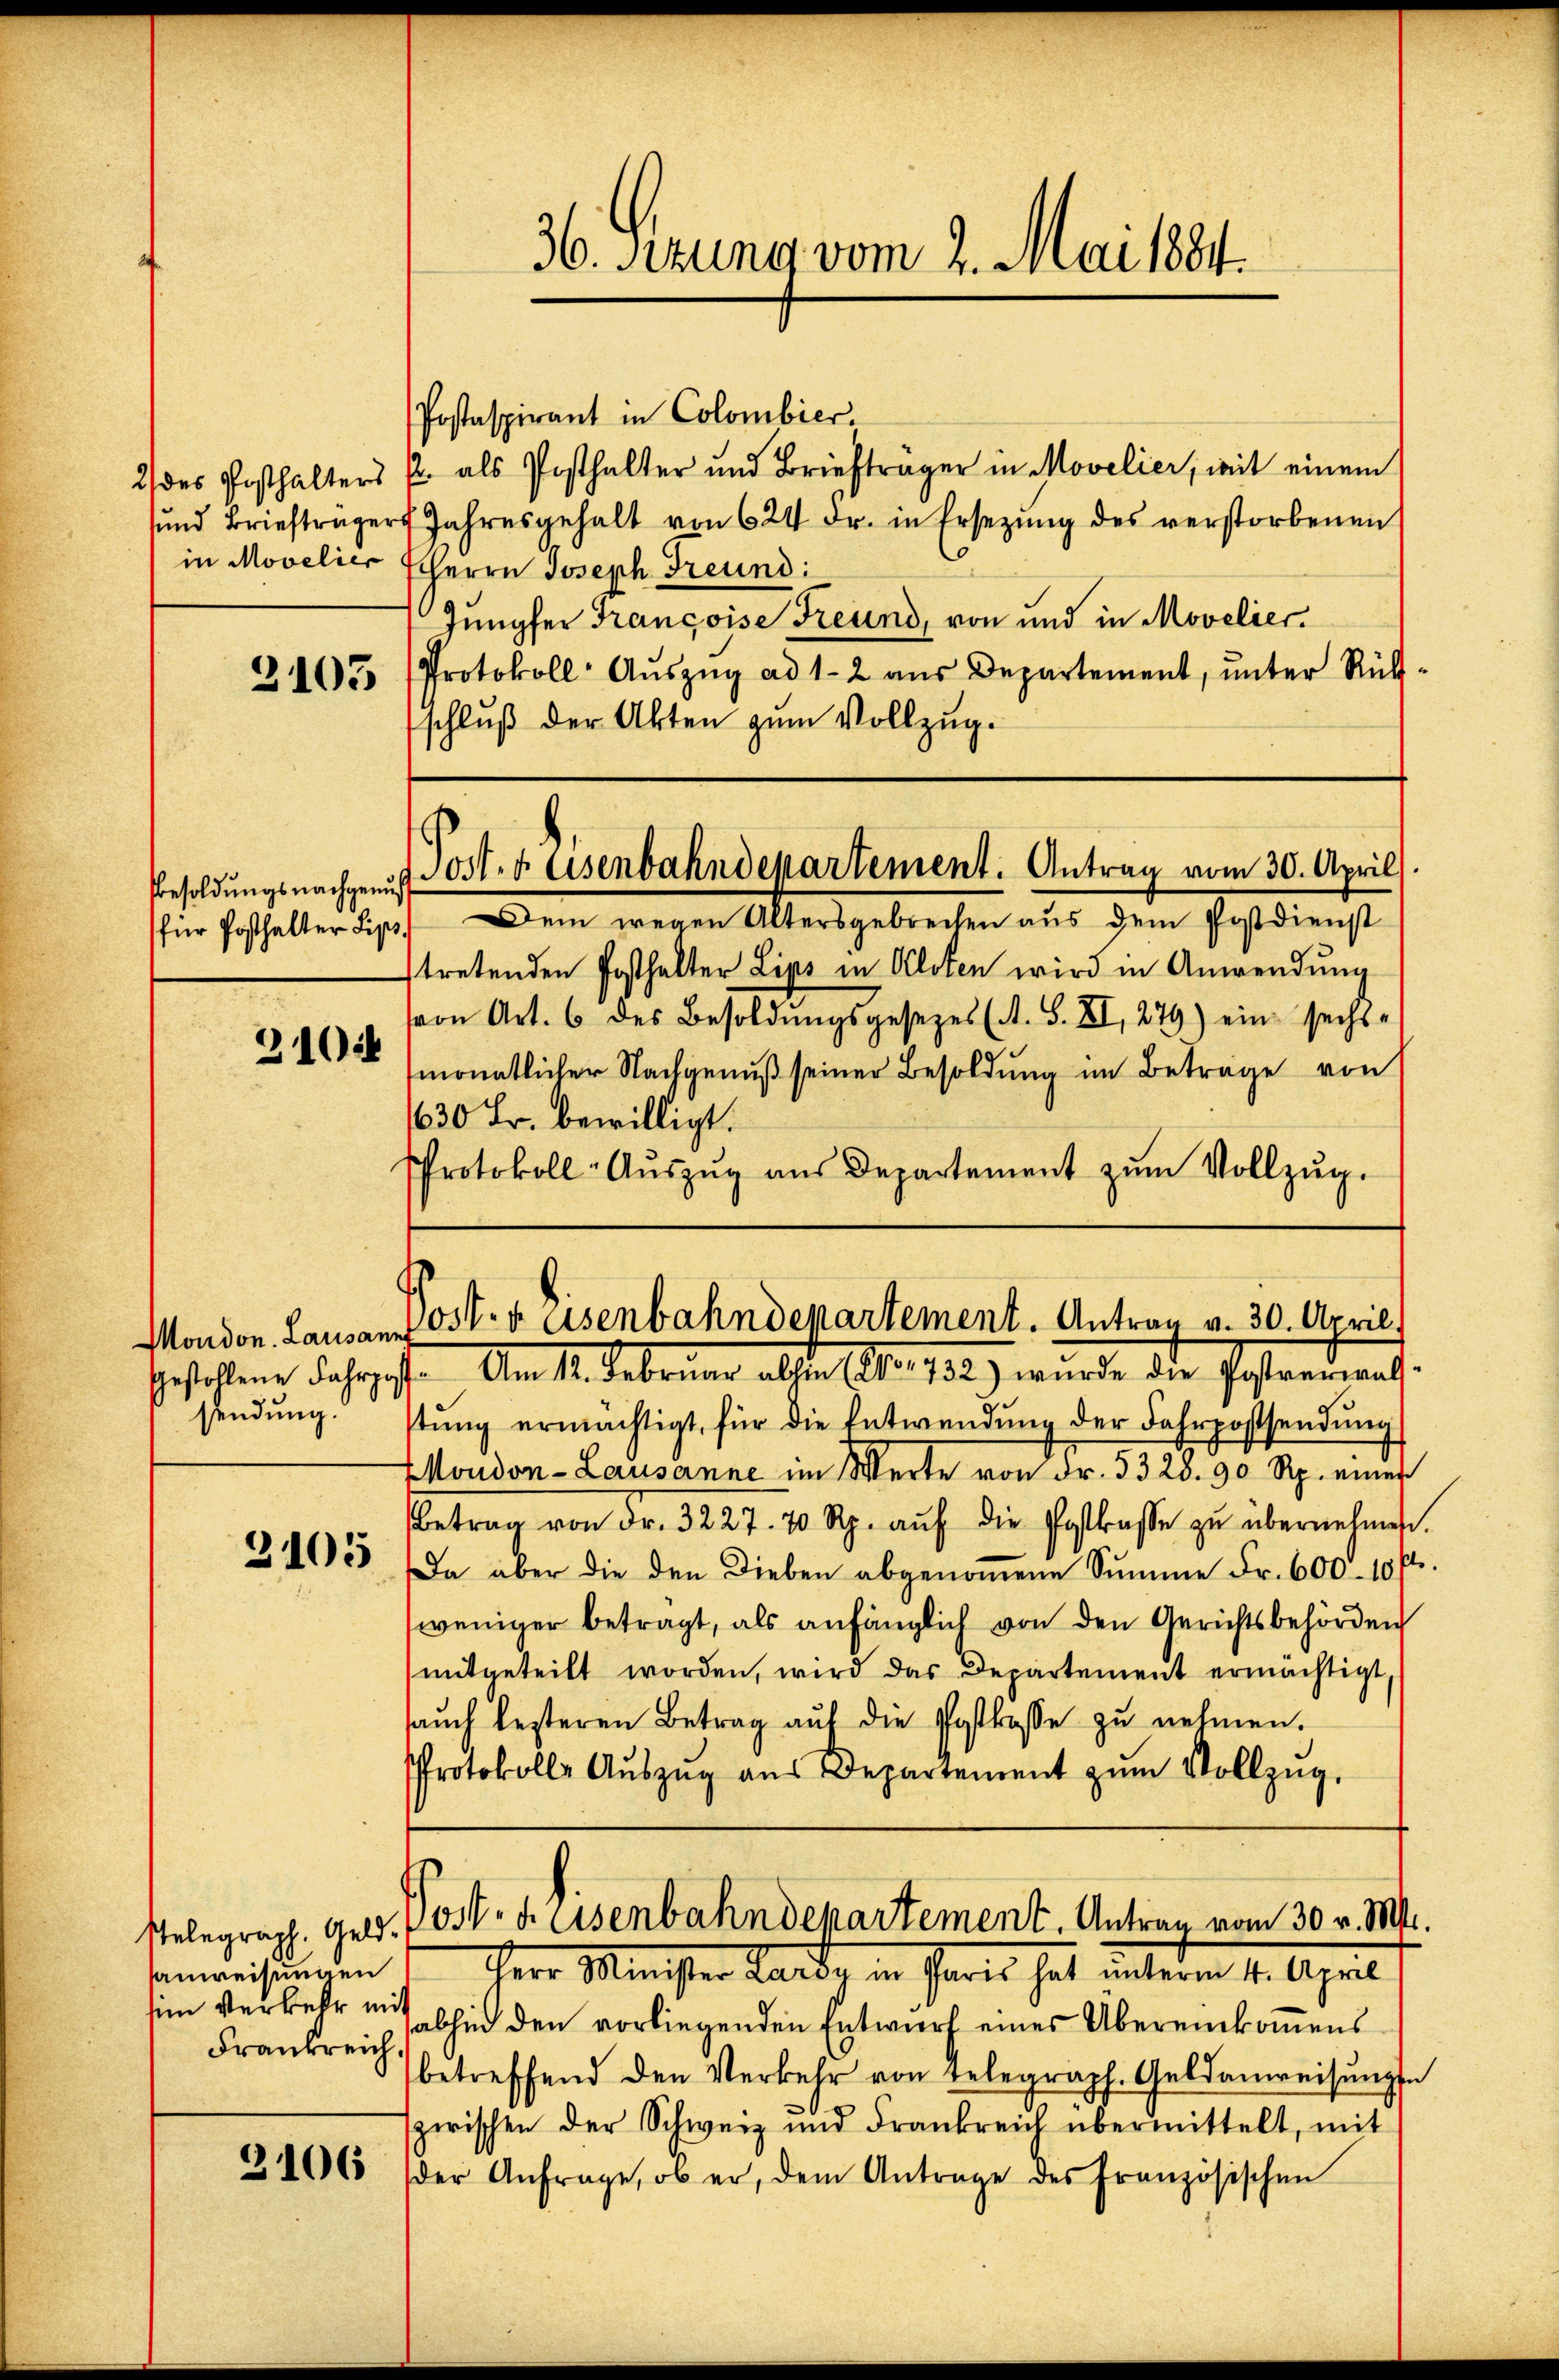
2) des Posthalters
in Movelier

2105

Besoldungs nachgenuß
für Posthalter Lips.

2102

sendung.

3105

Telegraph. Geldsanweisungen
sen Verkehr mit
Frankreich.

3106

Postaspirant in Colombier
p. als Posthalter und Briefträger in Movelier, mit einem
ŭnd Briefträger Jahresgehalt von 624 Fr. in Ersetzŭng des verstorbenen
HHerrn Joseph Freund:
Jungfer Françoise Freund, von und in Movelier.
Protokoll- Aŭszŭg ad 1-2 aŭs Departement, ŭnter Rück-
schlŭβ der Akten zum Vollzug.

36. Sizung vom 2. Mai 1881.

Post. Eisenbahndepartement. Antrag vom 30. April.

Dem wegen Altersgebrechen aus dem Postdienst
tretenden Posthalter Lips in Kloten wird in Anwendung
von Art. 6 des Besoldŭngsgesezes (A. S. XI, 279) ein sechs-
monatlicher Nachgenuß seiner Besoldung im Beträge von
630 Fr. bewilligt.
Protokoll- Aŭszŭg aŭs Departement zŭm Vollzŭg.
Gestohlene Jahres. Am 11. Februar alten No. 182.) wurde die Pestaerantstŭng ermächtigt, für die Entwendung der Fahrpostsendung
Moudon - Lausanne im Werte von Fr. 5328. 90 Rp. einer
Betrag von dr. 3227. 70 Rp. aŭf die Postkasse zŭ übernehmen.
Da aber die den Dieben abgenoṁene Summe Fr. 600 - 10 f
weniger betragt, als anfänglich von den Gerichtsbehörden
mitgeteilt worden, wird das Departement ermächtigt,
aŭch besteren Betrag aŭf die Postkasse zŭ nehmen.
Protokolle Aŭszŭg aŭs Departement zŭm Vollzŭg.
osten Eisenbahndepartement. Antrag vom 30. v. M.
Herr Minister Lardy in Paris hat unterm 4. April
abhin den vorliegenden Entwurf eines Übereinkommens
betreffend den Verkehr von Telegraph. Geldanweisŭngen
zwischen der Schweiz und Frankreich übermittelt, mit
der Anfrage, ob er, dem Antrage des französischen

Mondon. Lausanr Ost- & Eisenbahndepartement. Antrag v. 30. April